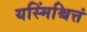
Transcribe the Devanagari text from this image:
यस्मिंश्चित्तं